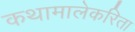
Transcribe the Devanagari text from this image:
कथामालेकरिता